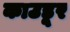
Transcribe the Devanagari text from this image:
काउडूर